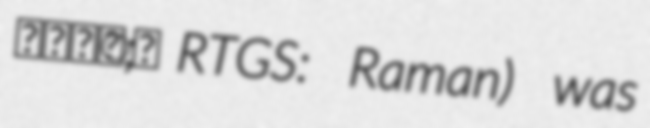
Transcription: รามัน; RTGS: Raman) was